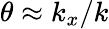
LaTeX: \theta\approx k_{x}/k